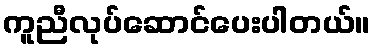
ကူညီလုပ်ဆောင်ပေးပါတယ်။